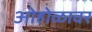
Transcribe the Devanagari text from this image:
ओहोळावर